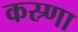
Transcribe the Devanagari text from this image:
कस्र्णा